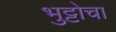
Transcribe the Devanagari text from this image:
भुट्टोचा